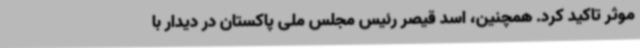
موثر تاکید کرد. همچنین، اسد قیصر رئیس مجلس ملی پاکستان در دیدار با